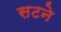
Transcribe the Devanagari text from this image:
सटने